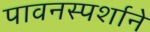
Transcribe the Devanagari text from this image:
पावनस्पर्शाने